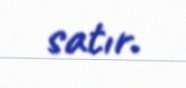
satır.